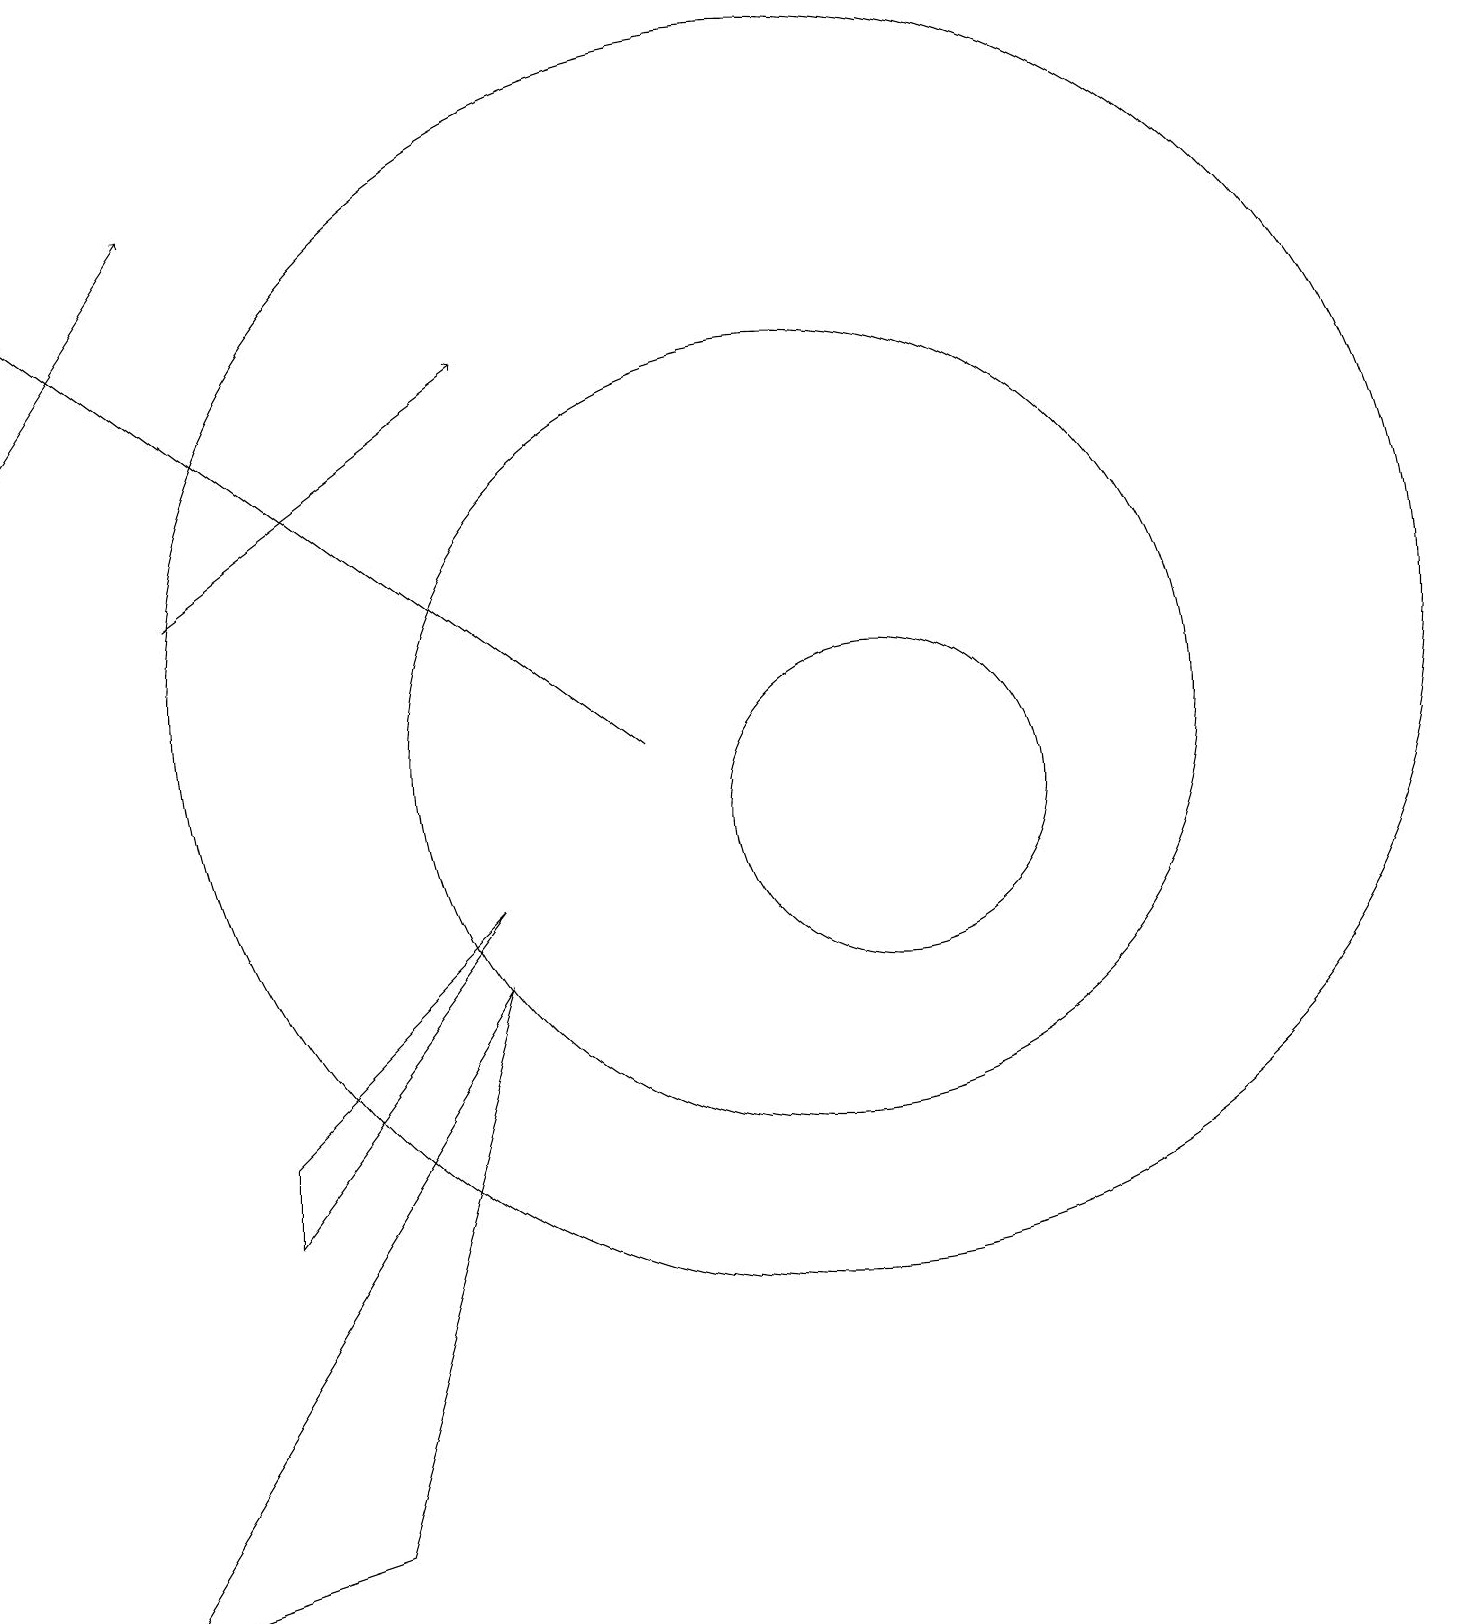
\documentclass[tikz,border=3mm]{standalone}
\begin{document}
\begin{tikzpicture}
\draw (10,12) circle (8);
\draw[->] (0,15) -- (2,18);
\draw (4,1) -- (6,8) -- (1,0) -- cycle;
\draw (3,6) -- (6,9) -- (3,5) -- cycle;
\draw (10,11) circle (5);
\draw[->] (2,13) -- (6,16);
\draw (11,10) circle (2);
\draw[->] (8,11) -- (0,17);
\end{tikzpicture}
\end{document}